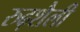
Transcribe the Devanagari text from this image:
रुढ़शैली